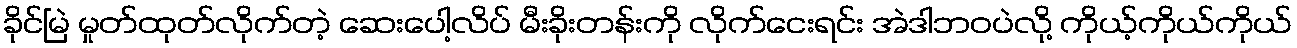
ခိုင်မြဲ မှုတ်ထုတ်လိုက်တဲ့ ဆေးပေါ့လိပ် မီးခိုးတန်းကို လိုက်ငေးရင်း အဲဒါဘဝပဲလို့ ကိုယ့်ကိုယ်ကိုယ်